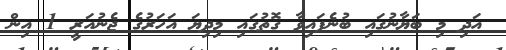
އަދި މި ބަޔާނުގައި ބުނެފައިވާ ގޮތުގައި މިދިޔަ އަހަރުގެ ޖެނުއަރީ 1 އިން